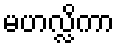
မဟလ္လိကာ